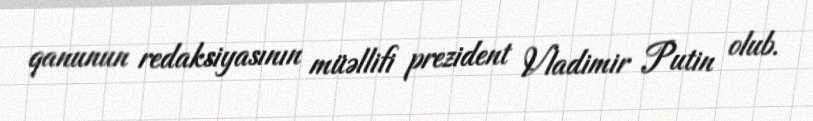
qanunun redaksiyasının müəllifi prezident Vladimir Putin olub.